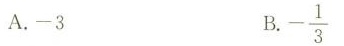
A.-3 B.- \frac{1}{3}